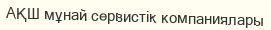
АҚШ мұнай сервистік компаниялары